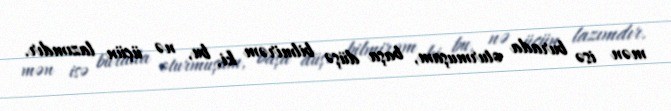
mən isə burada oturmuşam, başa düşə bilmirəm ki, bu, nə üçün lazımdır.